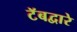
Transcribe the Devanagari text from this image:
टॅबद्वारे